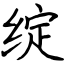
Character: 绽